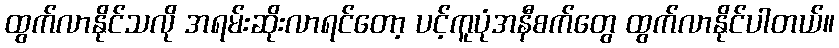
ထွက်လာနိုင်သလို အရမ်းဆိုးလာရင်တော့ ပင့်ကူပုံအနီစက်တွေ ထွက်လာနိုင်ပါတယ်။